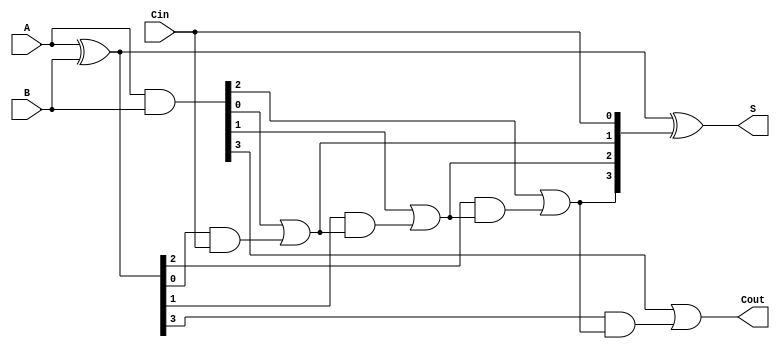
module CILA #(parameter N = 4) (
    input  [N-1:0] A,      // First input
    input  [N-1:0] B,      // Second input
    input          Cin,     // Carry-in input
    output [N-1:0] S,      // Sum output
    output         Cout     // Carry-out output
);

    // Generate and propagate signals
    wire [N-1:0] G; // Generate signals
    wire [N-1:0] P; // Propagate signals
    wire [N:0] C;   // Carry signals, C[0] is Cin

    // Generate and propagate logic
    assign G = A & B;          // Generate: G[i] = A[i] & B[i]
    assign P = A ^ B;          // Propagate: P[i] = A[i] ^ B[i]

    // Carry signal calculations using lookahead logic
    assign C[0] = Cin;         // C[0] = Cin

    genvar i;
    generate
        for (i = 0; i < N-1; i = i + 1) begin : carry_calculation
            assign C[i+1] = G[i] | (P[i] & C[i]);
        end
    endgenerate

    // Last carry-out calculation (Cout)
    assign Cout = G[N-1] | (P[N-1] & C[N-1]);

    // Sum calculation
    assign S = P ^ C[N-1:0];    // S[i] = P[i] ^ C[i]

endmodule